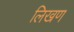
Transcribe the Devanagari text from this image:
लिखण